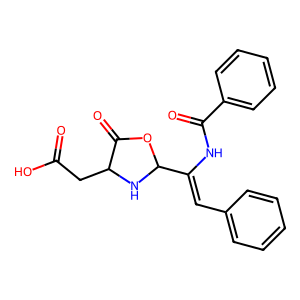
SMILES: O=C(O)CC1NC(C(=Cc2ccccc2)NC(=O)c2ccccc2)OC1=O
Inhibits HIV replication: No